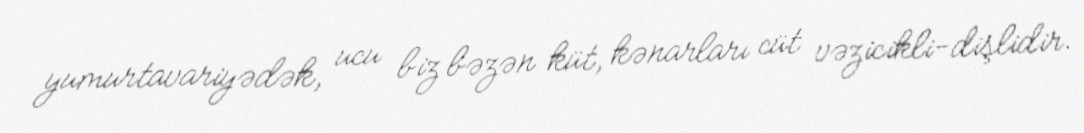
yumurtavariyədək, ucu biz bəzən küt, kənarları cüt vəzicikli-dişlidir.